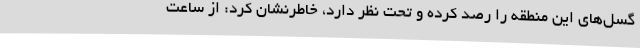
گسل‌های این منطقه را رصد کرده و تحت نظر دارد، خاطرنشان کرد: از ساعت